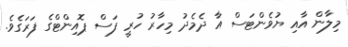
މިލާން އާއި ޔުވެންޓަސް އާ ދެމެދު މިހާރު ހުރީ ފަސް ޕޮއިންޓްގެ ފަރަގެވެ.